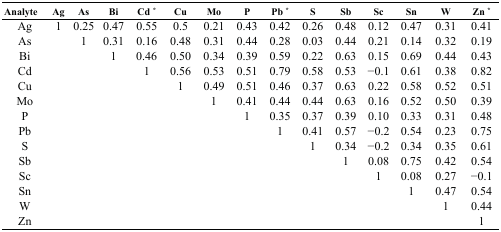
| Analyte | Ag | As | Bi | Cd * | Cu | Mo | P | Pb * | S | Sb | Sc | Sn | W | Zn * |
 | --- | --- | --- | --- | --- | --- | --- | --- | --- | --- | --- | --- | --- | --- | --- |
 | Ag | 1 | 0.25 | 0.47 | 0.55 | 0.5 | 0.21 | 0.43 | 0.42 | 0.26 | 0.48 | 0.12 | 0.47 | 0.31 | 0.41 |
 | As |  | 1 | 0.31 | 0.16 | 0.48 | 0.31 | 0.44 | 0.28 | 0.03 | 0.44 | 0.21 | 0.14 | 0.32 | 0.19 |
 | Bi |  |  | 1 | 0.46 | 0.50 | 0.34 | 0.39 | 0.59 | 0.22 | 0.63 | 0.15 | 0.69 | 0.44 | 0.43 |
 | Cd |  |  |  | 1 | 0.56 | 0.53 | 0.51 | 0.79 | 0.58 | 0.53 | −0.1 | 0.61 | 0.38 | 0.82 |
 | Cu |  |  |  |  | 1 | 0.49 | 0.51 | 0.46 | 0.37 | 0.63 | 0.22 | 0.58 | 0.52 | 0.51 |
 | Mo |  |  |  |  |  | 1 | 0.41 | 0.44 | 0.44 | 0.63 | 0.16 | 0.52 | 0.50 | 0.39 |
 | P |  |  |  |  |  |  | 1 | 0.35 | 0.37 | 0.39 | 0.10 | 0.33 | 0.31 | 0.48 |
 | Pb |  |  |  |  |  |  |  | 1 | 0.41 | 0.57 | −0.2 | 0.54 | 0.23 | 0.75 |
 | S |  |  |  |  |  |  |  |  | 1 | 0.34 | −0.2 | 0.34 | 0.35 | 0.61 |
 | Sb |  |  |  |  |  |  |  |  |  | 1 | 0.08 | 0.75 | 0.42 | 0.54 |
 | Sc |  |  |  |  |  |  |  |  |  |  | 1 | 0.08 | 0.27 | −0.1 |
 | Sn |  |  |  |  |  |  |  |  |  |  |  | 1 | 0.47 | 0.54 |
 | W |  |  |  |  |  |  |  |  |  |  |  |  | 1 | 0.44 |
 | Zn |  |  |  |  |  |  |  |  |  |  |  |  |  | 1 |